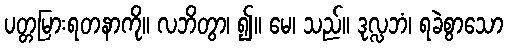
ပတ္တမြားရတနာကို။ လဘိတွာ၊ ၍။ မေ၊ သည်။ ဒုလ္လဘံ၊ ရခဲစွာသော